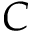
C